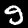
Label: 9